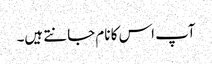
آپ اس کا نام جانتے ہیں۔